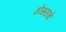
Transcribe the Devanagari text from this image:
ठोसरांचे